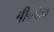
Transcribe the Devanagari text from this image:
बी०के०